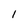
Character: l